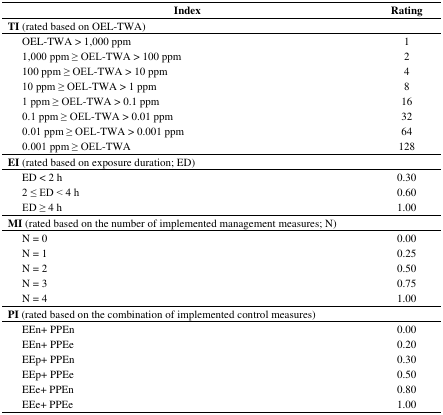
| Index | Rating |
 | --- | --- |
 | TI (rated based on OEL-TWA) |  |
 | OEL-TWA > 1,000 ppm | 1 |
 | 1,000 ppm ≥ OEL-TWA > 100 ppm | 2 |
 | 100 ppm ≥ OEL-TWA > 10 ppm | 4 |
 | 10 ppm ≥ OEL-TWA > 1 ppm | 8 |
 | 1 ppm ≥ OEL-TWA > 0.1 ppm | 16 |
 | 0.1 ppm ≥ OEL-TWA > 0.01 ppm | 32 |
 | 0.01 ppm ≥ OEL-TWA > 0.001 ppm | 64 |
 | 0.001 ppm ≥ OEL-TWA | 128 |
 | EI (rated based on exposure duration; ED) |  |
 | ED < 2 h | 0.30 |
 | 2 ≤ ED < 4 h | 0.60 |
 | ED ≥ 4 h | 1.00 |
 | MI (rated based on the number of implemented management measures; N) |  |
 | N = 0 | 0.00 |
 | N = 1 | 0.25 |
 | N = 2 | 0.50 |
 | N = 3 | 0.75 |
 | N = 4 | 1.00 |
 | PI (rated based on the combination of implemented control measures) |  |
 | EEn+ PPEn | 0.00 |
 | EEn+ PPEe | 0.20 |
 | EEp+ PPEn | 0.30 |
 | EEp+ PPEe | 0.50 |
 | EEe+ PPEn | 0.80 |
 | EEe+ PPEe | 1.00 |